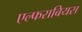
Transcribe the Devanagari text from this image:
एल्फराबियस